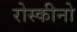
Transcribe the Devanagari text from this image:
रोस्कीनो